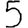
Digit: 5